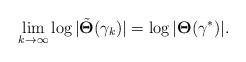
LaTeX: \begin{align*}\lim\limits_{k\rightarrow\infty}\log|\tilde{\mathbf{\Theta}}(\gamma_k)|=\log|\mathbf{\Theta}(\gamma^*)|.\end{align*}